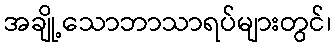
အချို့သောဘာသာရပ်များတွင်၊